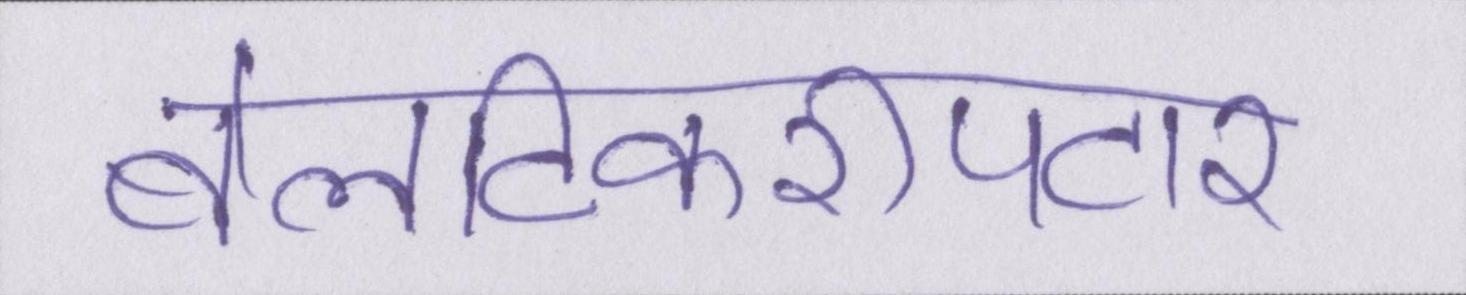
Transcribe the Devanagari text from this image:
बेलटिकरीपटार